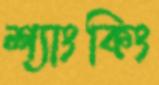
শ্যাংকিং